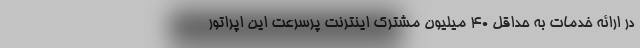
در ارائه خدمات به حداقل 40 میلیون مشترک اینترنت پرسرعت این اپراتور